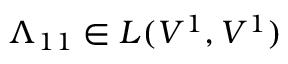
\Lambda _ { 1 1 } \in L ( V ^ { 1 } , V ^ { 1 } )